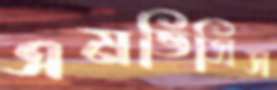
এমভিসিস